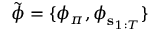
\tilde { \boldsymbol { \phi } } = \{ \phi _ { \pi } , \boldsymbol { \phi } _ { \mathbf { s } _ { 1 : T } } \}